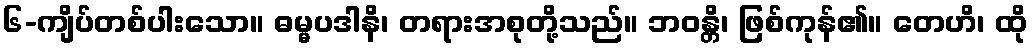
၆-ကျိပ်တစ်ပါးသော။ ဓမ္မပဒါနိ၊ တရားအစုတို့သည်။ ဘဝန္တိ၊ ဖြစ်ကုန်၏။ တေဟိ၊ ထို